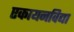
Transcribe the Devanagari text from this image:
एकायनविद्या